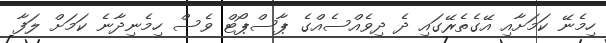
ހިމެނޭ ކަމަށާއި އޭގެތެރޭގައި ދެ ދިވެއްސެއްގެ ޕާސްޕޯޓް ވެސް ހިމެނިދާނެ ކަމަށް ލަފާ